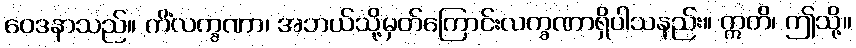
ဝေဒနာသည်။ ကိံလက္ခဏာ၊ အဘယ်သို့မှတ်ကြောင်းလက္ခဏာရှိပါသနည်း။ ဣတိ၊ ဤသို့။